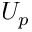
U _ { p }